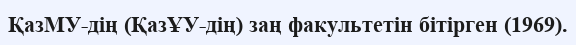
ҚазМУ-дің (ҚазҰУ-дің) заң факультетін бітірген (1969).